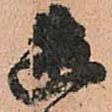
破